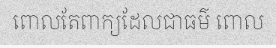
ពោលតែពាក្យដែលជាធម៌ ពោល